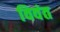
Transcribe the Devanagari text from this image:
विवंत